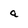
Character: a